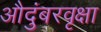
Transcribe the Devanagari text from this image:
औदुंबरवृक्षा